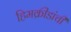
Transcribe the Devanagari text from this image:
हिमक्रीडांची